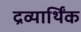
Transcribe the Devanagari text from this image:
द्रव्यार्थिंक